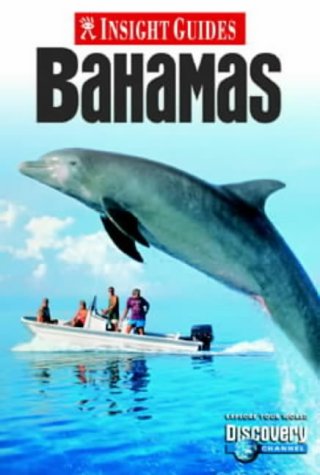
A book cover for Bahamas Insight Guide (Insight Guides); Travel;